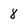
Character: 8